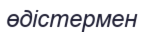
өдістермен